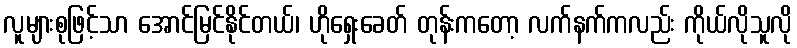
လူများစုဖြင့်သာ အောင်မြင်နိုင်တယ်၊ ဟိုရှေးခေတ် တုန်းကတော့ လက်နက်ကလည်း ကိုယ်လိုသူလို